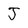
Character: J